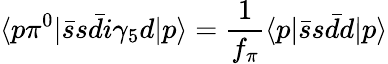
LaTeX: \langle p\pi^{0}|\bar{s}s\bar{d}i\gamma_{5}d|p\rangle=\frac{1}{f_{\pi}}\langle p|\bar{s}s\bar{d}d|p\rangle